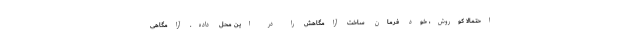
احتمالا کوروش، خود فرمان ساخت آرامگاهش را در این محل داده. آرامگاهی